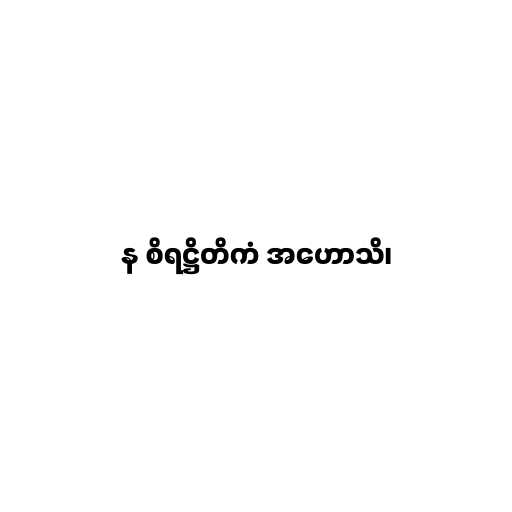
န စိရဋ္ဌိတိကံ အဟောသိ၊